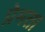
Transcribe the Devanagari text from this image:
प्रेमता